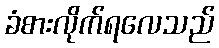
ခံစားလိုက်ရလေသည်